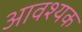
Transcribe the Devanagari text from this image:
अावश्यक